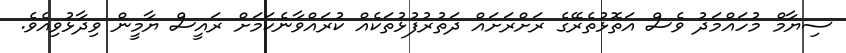
ސިޔާމް މުހައްމަދު ވެސް އަތޮޅުތެރޭގެ ރަށްރަށައް ދަތުރުފުޅުތަކެއް ކުރައްވާނެކަމަށް ރައީސް ޔާމީން ވިދާޅުވިއެވެ.